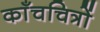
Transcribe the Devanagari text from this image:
काँचचित्रों